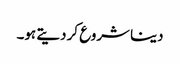
دینا شروع کر دیتے ہو۔